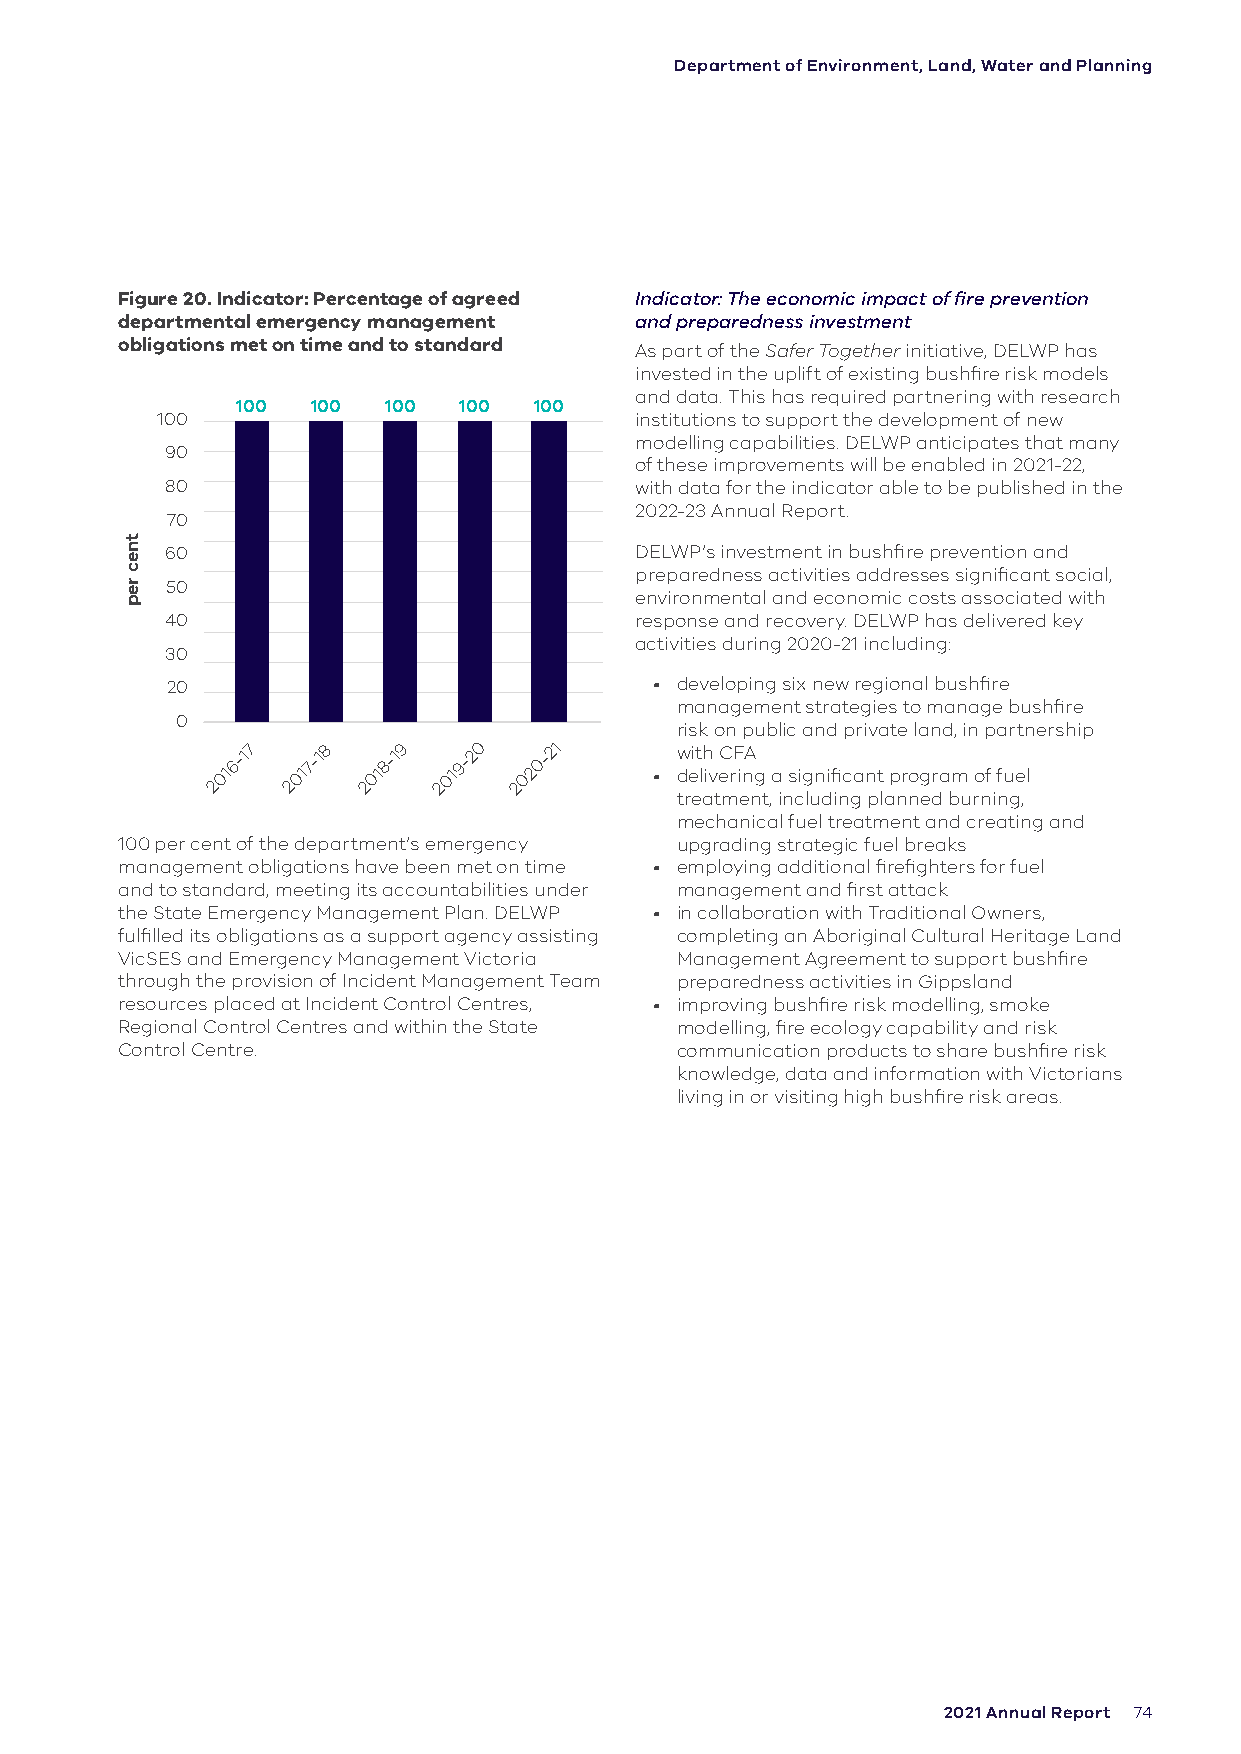
Department of Environment, Land, Water and Planning
 Figure 20. Indicator: Percentage of agreed Indicator: The economic impact of fire prevention
 departmental emergency management and preparedness investment
 obligations met on time and to standard As part of the Safer Together initiative, DELWP has
 invested in the uplift of existing bushfire risk models
 and data. This has required partnering with research
 100  100 100  100  100
 100                             institutions to support the development of new
 modelling capabilities. DELWP anticipates that many
 90
 of these improvements will be enabled in 2021-22,
 80                             with data for the indicator able to be published in the
 2022-23 Annual Report.
 70
 60                             DELWP’s investment in bushfire prevention and
 preparedness activities addresses significant social,
 50
 environmental and economic costs associated with
 40                             response and recovery. DELWP has delivered key
 activities during 2020-21 including:
 30
 20                              • developing six new regional bushfire
 management strategies to manage bushfire
 0
 risk on public and private land, in partnership
 2016-17 2017-18 2018-19 2019-20 2020-21
 •
 w deit lh
 iv
 eC rF inA
 g a significant program of fuel
 treatment, including planned burning,
 mechanical fuel treatment and creating and
 100 per cent of the department’s emergency upgrading strategic fuel breaks
 management obligations have been met on time • employing additional firefighters for fuel
 and to standard, meeting its accountabilities under management and first attack
 the State Emergency Management Plan. DELWP • in collaboration with Traditional Owners,
 fulfilled its obligations as a support agency assisting completing an Aboriginal Cultural Heritage Land
 VicSES and Emergency Management Victoria Management Agreement to support bushfire
 through the provision of Incident Management Team preparedness activities in Gippsland
 resources placed at Incident Control Centres, • improving bushfire risk modelling, smoke
 Regional Control Centres and within the State modelling, fire ecology capability and risk
 Control Centre.                      communication products to share bushfire risk
 knowledge, data and information with Victorians
 living in or visiting high bushfire risk areas.
 2021 Annual Report 74
 tnec
 rep